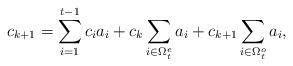
LaTeX: \begin{align*}c_{k+1}=\sum_{i=1}^{t-1}c_ia_i+c_{k}\sum_{i\in \Omega_t^e} a_i+c_{k+1}\sum_{i\in \Omega_t^o} a_i,\end{align*}